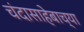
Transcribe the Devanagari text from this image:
चंदासाहेबाच्या